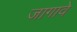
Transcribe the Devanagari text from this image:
जागावे